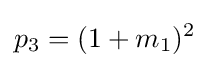
p_{3}=(1+m_{1})^{2}\